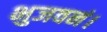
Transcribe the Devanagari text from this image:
भुजवनं।